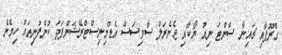
ގްރޫޕާއި ޗައިނާ ސްންޓަ ނިއު ޔޯކާއި ޖެނެރަލް ސާވިސަސް އެޑްމިނިސްޓްރޭޝަންފަދަ ކުންފުނިތައް ހިމެނެ